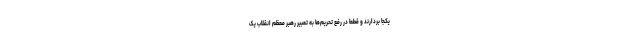
یکجا بردارند و قطعاً در رفع تحریم‌ها به تعبیر رهبر معظم انقلاب یک